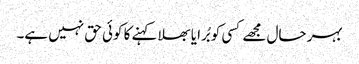
بہر حال مجھے کسی کو بُرا یا بھلا کہنے کا کوئی حق نہیں ہے۔